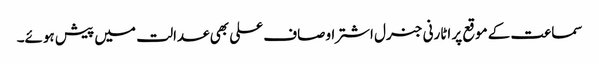
سماعت کے موقع پر اٹارنی جنرل اشتر اوصاف علی بھی عدالت میں پیش ہوئے۔